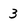
Character: 3